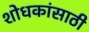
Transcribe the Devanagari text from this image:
शोधकांसाठी